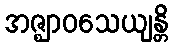
အဇ္ဈာဝသေယျန္တိ